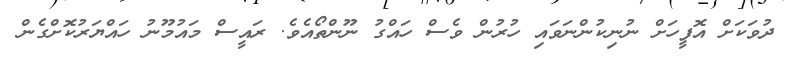
ދުވަކަށް އޮފީހަށް ނުނިކުންނަވައި ހުރުން ވެސް ހައްގު ނޫންތޯއެވެ. ރައީސް މައުމޫނު ހައްޔަރުކޮށްގެން